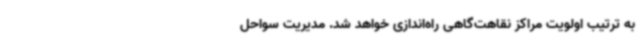
به ترتیب اولویت مراکز نقاهت‌گاهی راه‌اندازی خواهد شد. مدیریت سواحل